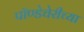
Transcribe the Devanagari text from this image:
पॉण्डेचेरीच्या